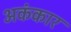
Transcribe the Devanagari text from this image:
अकंकार